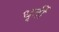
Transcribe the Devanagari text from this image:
धृर्ती